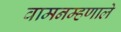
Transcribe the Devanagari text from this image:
वामनम्हणाले